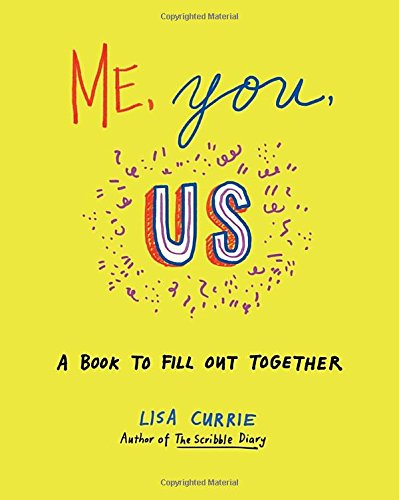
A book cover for Me, You, Us; Lisa Currie; Crafts, Hobbies & Home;